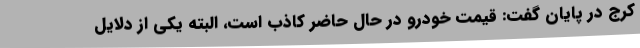
کرج در پایان گفت: قیمت خودرو در حال حاضر کاذب است، البته یکی از دلایل